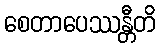
စေတာပေဿန္တီတိ